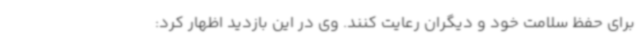
برای حفظ سلامت خود و دیگران رعایت کنند. وی در این بازدید اظهار کرد: